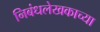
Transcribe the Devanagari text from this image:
निबंधलेखकाच्या